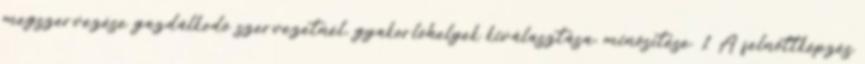
megszervezése gazdálkodó szervezetnél, gyakorlóhelyek kiválasztása, minősítése. 1 A felnőttképzés